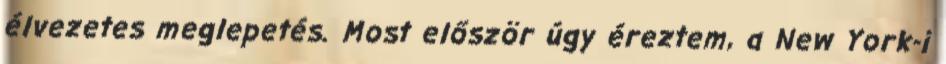
élvezetes meglepetés. Most először úgy éreztem, a New York-i